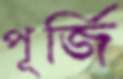
পূর্জি